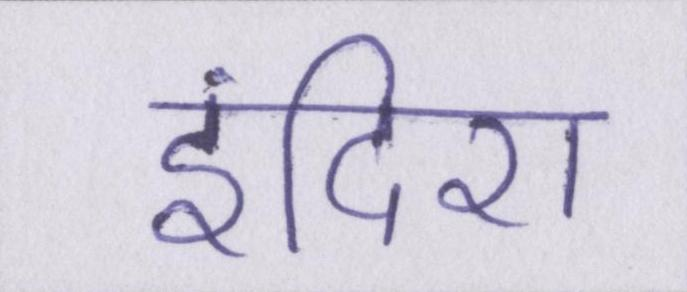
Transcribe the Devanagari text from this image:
इंदिरा